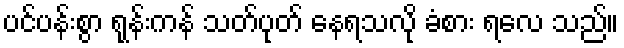
ပင်ပန်းစွာ ရုန်းကန် သတ်ပုတ် နေရသလို ခံစား ရလေ သည်။